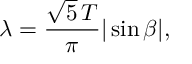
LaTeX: \lambda = \frac { \sqrt { 5 } \, T } { \pi } | \sin \beta | ,